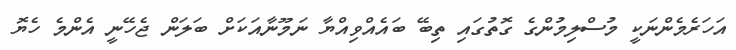
އަހަރެމެންނަކީ މުސްލިމުންގެ ގޮތުގައި ތިބޭ ބައެއްވިއްޔާ ނަމޫނާއަކަށް ބަލަން ޖެހޭނީ އެންމެ ހެޔޮ